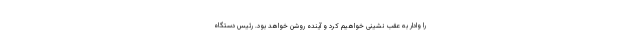
را وادار به عقب نشینی خواهیم کرد و آینده روشن خواهد بود. رئیس دستگاه